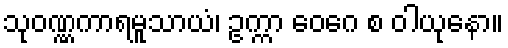
သုဝဏ္ဏကာရမူသာယံ၊ ဥက္ကာ ဝေဂေ စ ဝါယုနော။